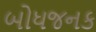
બોધજનક